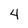
Character: 4